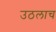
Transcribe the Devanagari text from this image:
उठलाच